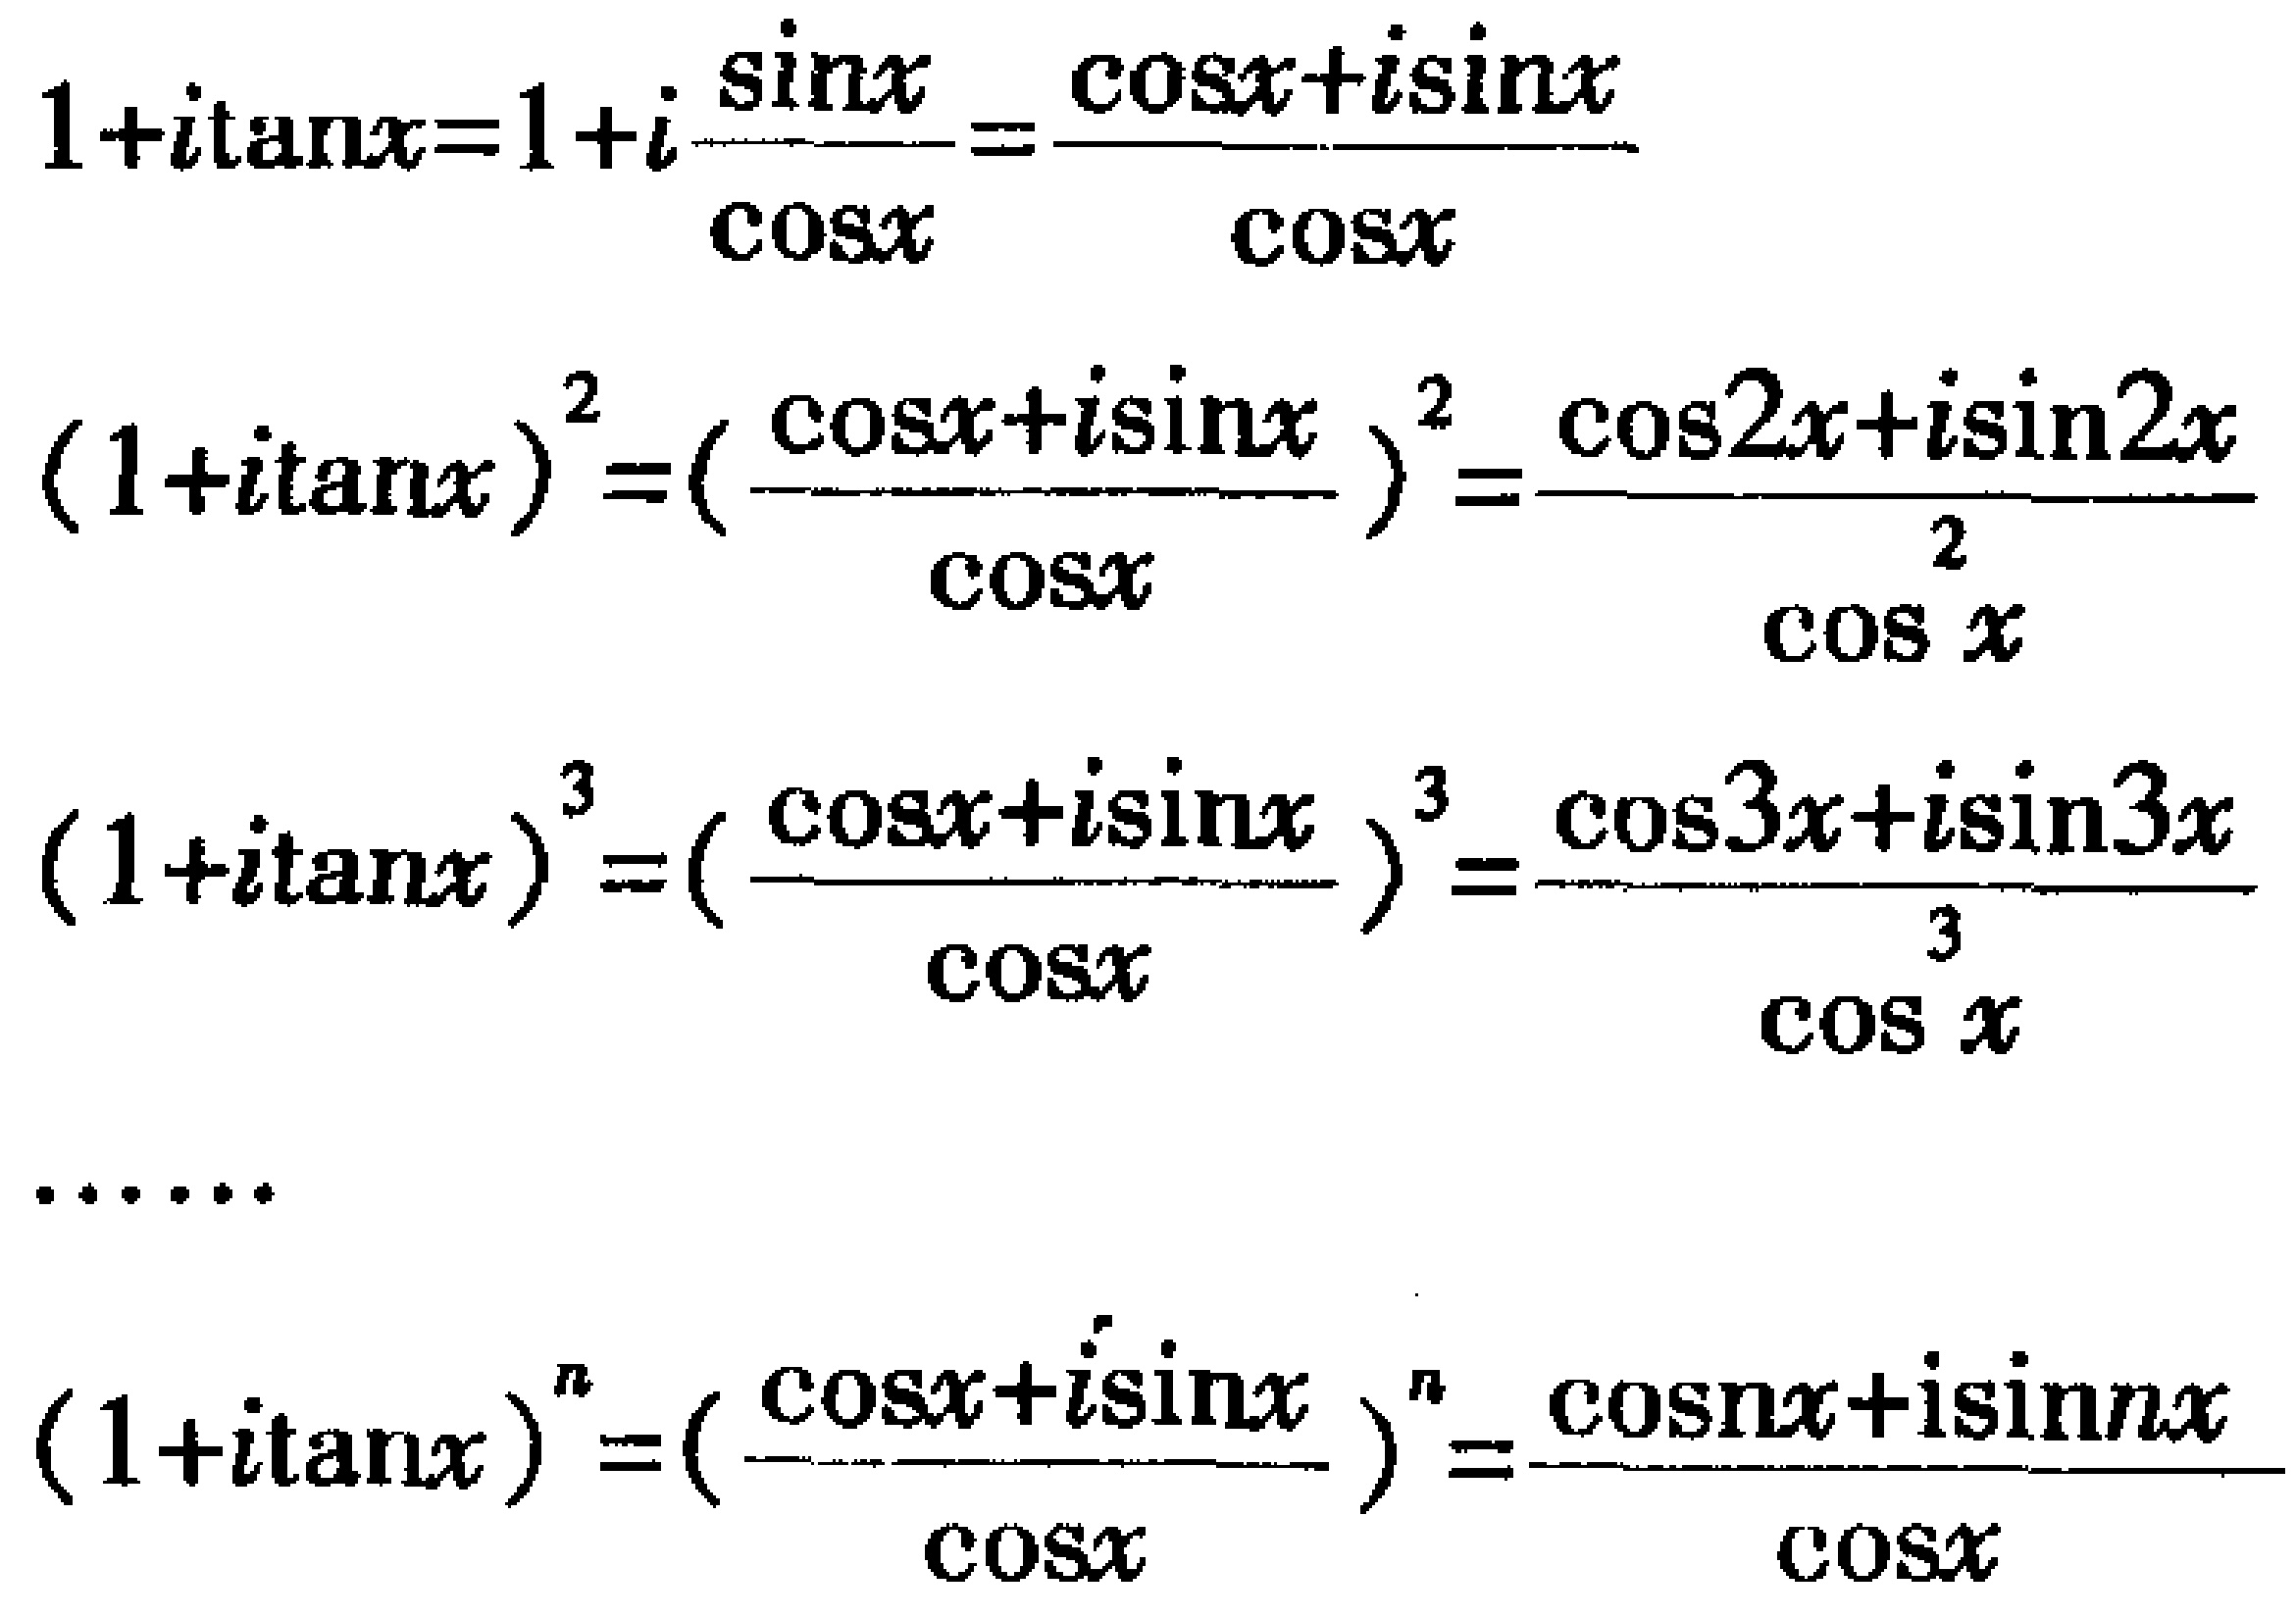
\begin{align*}
1 + i\tan x&=1 + i\frac{\sin x}{\cos x}=\frac{\cos x + i\sin x}{\cos x}\\
(1 + i\tan x)^2&=(\frac{\cos x + i\sin x}{\cos x})^2=\frac{\cos 2x + i\sin 2x}{\cos^2 x}\\
(1 + i\tan x)^3&=(\frac{\cos x + i\sin x}{\cos x})^3=\frac{\cos 3x + i\sin 3x}{\cos^3 x}\\
&\cdots\cdots\\
(1 + i\tan x)^n&=(\frac{\cos x + i\sin x}{\cos x})^n=\frac{\cos nx + i\sin nx}{\cos x}
\end{align*}